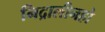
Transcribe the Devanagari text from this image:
निद्रालीनहो